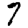
Digit: 7